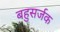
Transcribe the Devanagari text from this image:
बहुसर्जक